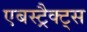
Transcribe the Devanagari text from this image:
एबस्ट्रैक्ट्स